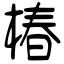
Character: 椿